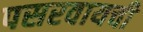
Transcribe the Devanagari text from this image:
पसरवायची